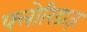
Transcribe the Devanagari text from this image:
फ्लोरिडाज़